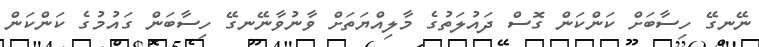
ނޭނގޭ ހިސާބަށް ކަންކަން ގޮސް ދައުލަތުގެ މާލިއްޔަތަށް ވާނުވާނޭނގޭ ހިސާބަން ގައުމުގެ ކަންކަން